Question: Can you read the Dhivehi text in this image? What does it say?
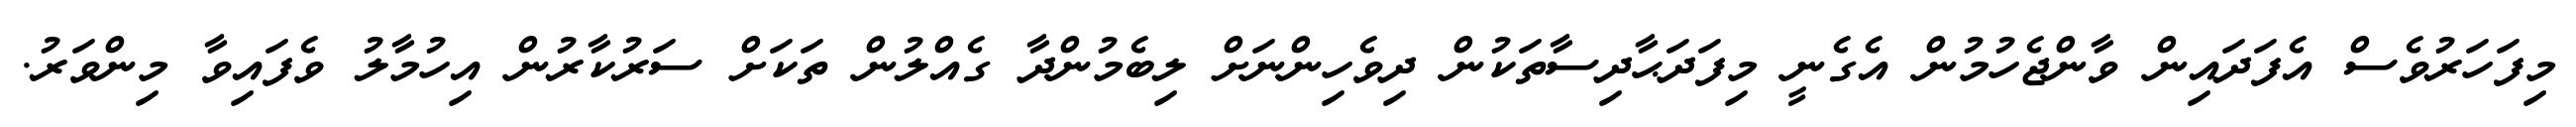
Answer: މިފަހަރުވެސް އެފަދައިން ވާންޖެހުމުން އެގެނީ މިފަދަޙާދިސާތަކުން ދިވެހިންނަށް ލިބެމުންދާ ގެއްލުން ތަކަށް ސަރުކާރުން އިހުމާލު ވެފައިވާ މިންވަރު.